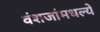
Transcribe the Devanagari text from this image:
वंशजांमधल्ये